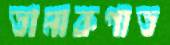
তামাকপাত